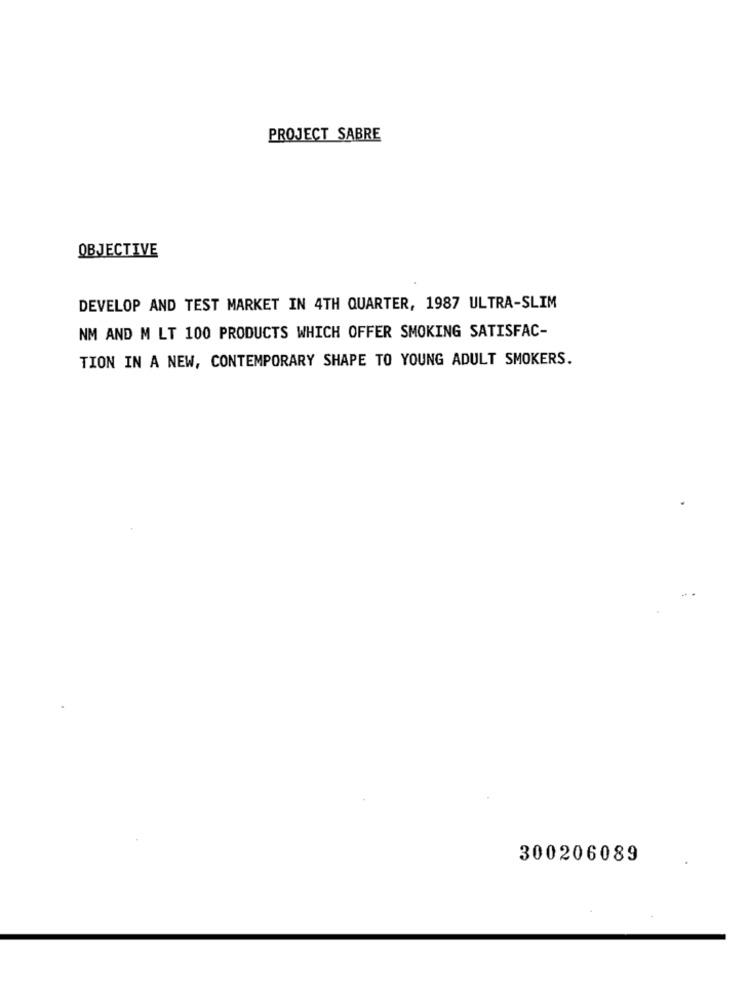
PROJECT SABRE
OBJECTIVE
DEVELOP AND TEST MARKET IN 4TH QUARTER, 1987 ULTRA-SLIM
NM AND M LT 100 PRODUCTS WHICH OFFER SMOKING SATISFAC-
TION IN A NEW, CONTEMPORARY SHAPE TO YOUNG ADULT SMOKERS.
300206089